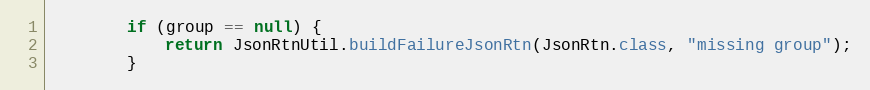
Language: Java
        if (group == null) {
            return JsonRtnUtil.buildFailureJsonRtn(JsonRtn.class, "missing group");
        }